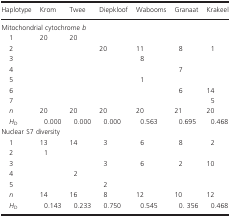
| Haplotype | Krom | Twee | Diepkloof | Wabooms | Granaat | Krakeel |
 | --- | --- | --- | --- | --- | --- | --- |
 | <COLSPAN=7> Mitochondrial cytochrome b |
 | 1 | 20 | 20 |  |  |  |  |
 | 2 |  |  | 20 | 11 | 8 | 1 |
 | 3 |  |  |  | 8 |  |  |
 | 4 |  |  |  |  | 7 |  |
 | 5 |  |  |  | 1 |  |  |
 | 6 |  |  |  |  | 6 | 14 |
 | 7 |  |  |  |  |  | 5 |
 | n | 20 | 20 | 20 | 20 | 21 | 20 |
 | HD | 0.000 | 0.000 | 0.000 | 0.563 | 0.695 | 0.468 |
 | <COLSPAN=7> Nuclear S7 diversity |
 | 1 | 13 | 14 | 3 | 6 | 8 | 2 |
 | 2 | 1 |  |  |  |  |  |
 | 3 |  |  | 3 | 6 | 2 | 10 |
 | 4 |  | 2 |  |  |  |  |
 | 5 |  |  | 2 |  |  |  |
 | n | 14 | 16 | 8 | 12 | 10 | 12 |
 | HD | 0.143 | 0.233 | 0.750 | 0.545 | 0. 356 | 0.468 |